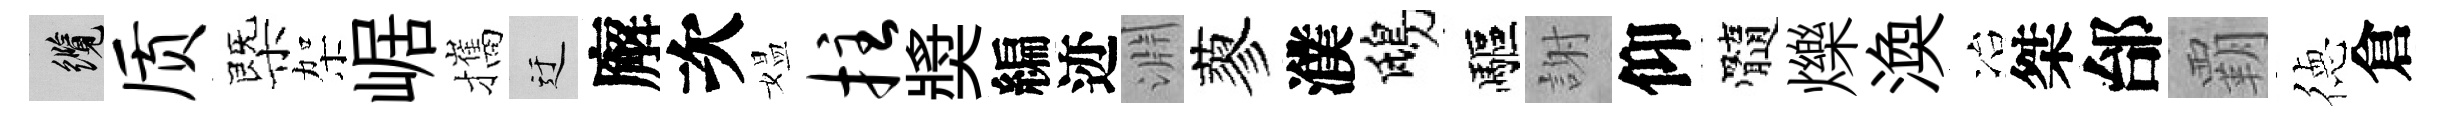
纜质㮣架崌攜迂廨次媪拄奬編迹淵蓼濮鴟驅謝仰髓爍渙冶桀邰覇徳倉